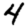
Digit: 4